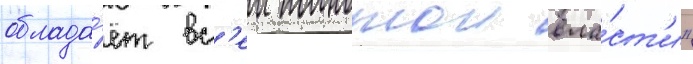
облада́ет вс'еи полнотои вла́ст'и"